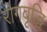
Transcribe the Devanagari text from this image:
रोगवृद्धि